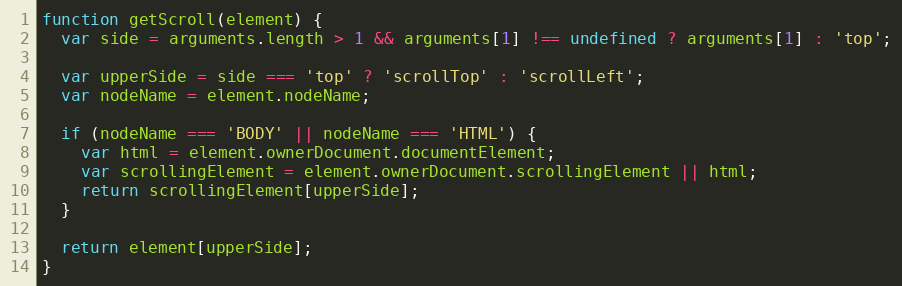
Language: JavaScript
function getScroll(element) {
  var side = arguments.length > 1 && arguments[1] !== undefined ? arguments[1] : 'top';

  var upperSide = side === 'top' ? 'scrollTop' : 'scrollLeft';
  var nodeName = element.nodeName;

  if (nodeName === 'BODY' || nodeName === 'HTML') {
    var html = element.ownerDocument.documentElement;
    var scrollingElement = element.ownerDocument.scrollingElement || html;
    return scrollingElement[upperSide];
  }

  return element[upperSide];
}